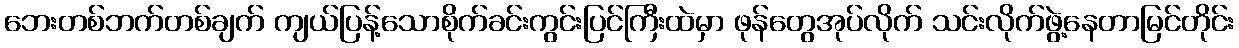
ဘေးတစ်ဘက်တစ်ချက် ကျယ်ပြန့်သောစိုက်ခင်းကွင်းပြင်ကြီးထဲမှာ ဖုန်တွေအုပ်လိုက် သင်းလိုက်ဖွဲ့နေတာမြင်တိုင်း